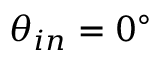
\theta _ { i n } = 0 ^ { \circ }